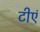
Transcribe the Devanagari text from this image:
टीएं